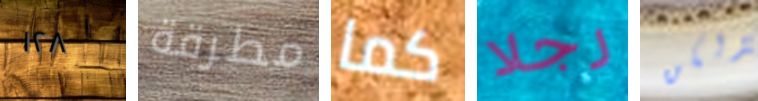
١٢٨ مطرقة كما رجلا ولكن